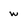
Character: w